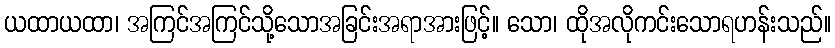
ယထာယထာ၊ အကြင်အကြင်သို့သောအခြင်းအရာအားဖြင့်။ သော၊ ထိုအလိုကင်းသောရဟန်းသည်။